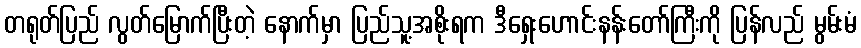
တရုတ်ပြည် လွတ်မြောက်ပြီးတဲ့ နောက်မှာ ပြည်သူ့အစိုးရက ဒီရှေးဟောင်းနန်းတော်ကြီးကို ပြန်လည် မွမ်းမံ